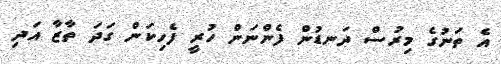
އެ ތަނުގެ މިރުސް ދަނޑުން ފެންނަން ހުރީ ފެހިކަން ގަދަ ތާޒާ އަދި